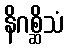
နိဂစ္ဆိသံ